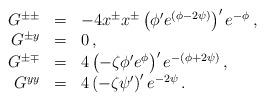
LaTeX: \begin{align*}\begin{array}{rcl}G^{\pm\pm} & = &-4 x^{\pm}x^{\pm} \left(\phi'e^{(\phi - 2 \psi)}\right)'e^{-\phi}\,,\\G^{\pm y} & = &0\,,\\G^{\pm\mp} & = &4 \left(- \zeta\phi'e^{\phi }\right)'e^{-(\phi + 2 \psi)}\,,\\G^{yy} & = &4 \left(- \zeta\psi'\right)'e^{-2\psi}\,.\end{array}\end{align*}